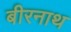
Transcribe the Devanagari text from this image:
बीरनाथ